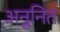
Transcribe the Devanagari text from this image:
अनुनित